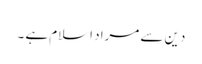
دین سے مراد اسلام ہے ۔